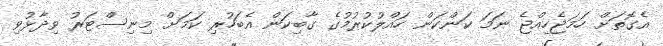
އެގޮތަށް ހަމަޖެހިއްޖެ ނަމަ ކަންކަން ހައްލުކުރުމުގެ ގާބިކަން އެބަހުރި ކަމަށް މިނިސްޓަރު ވިދާޅުވި